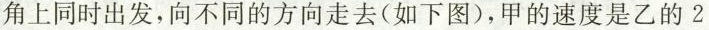
角上同时出发，向不同的方向走去(如下图)，甲的速度是乙的2